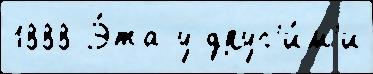
1888 Э́та у друг'и́м'и